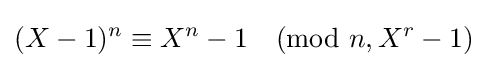
(X-1)^{n}\equiv X^{n}-1{\pmod {n,X^{r}-1}}